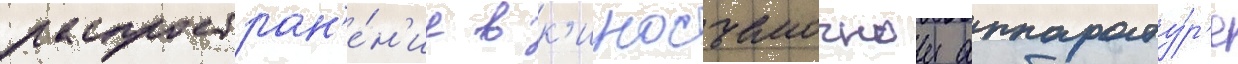
распростран'е́н'ие в к'иносъемочнои аппарату́р'е